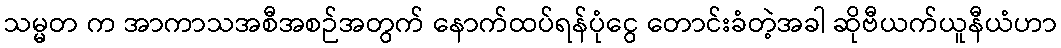
သမ္မတ က အာကာသအစီအစဉ်အတွက် နောက်ထပ်ရန်ပုံငွေ တောင်းခံတဲ့အခါ ဆိုဗီယက်ယူနီယံဟာ